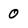
Character: 0